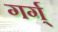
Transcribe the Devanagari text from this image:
गर्ग्